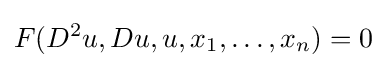
F(D^{2}u,Du,u,x_{1},\dots ,x_{n})=0